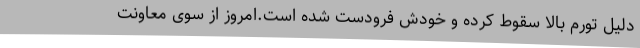
دلیل تورم بالا سقوط کرده و خودش فرودست شده است.امروز از سوی معاونت